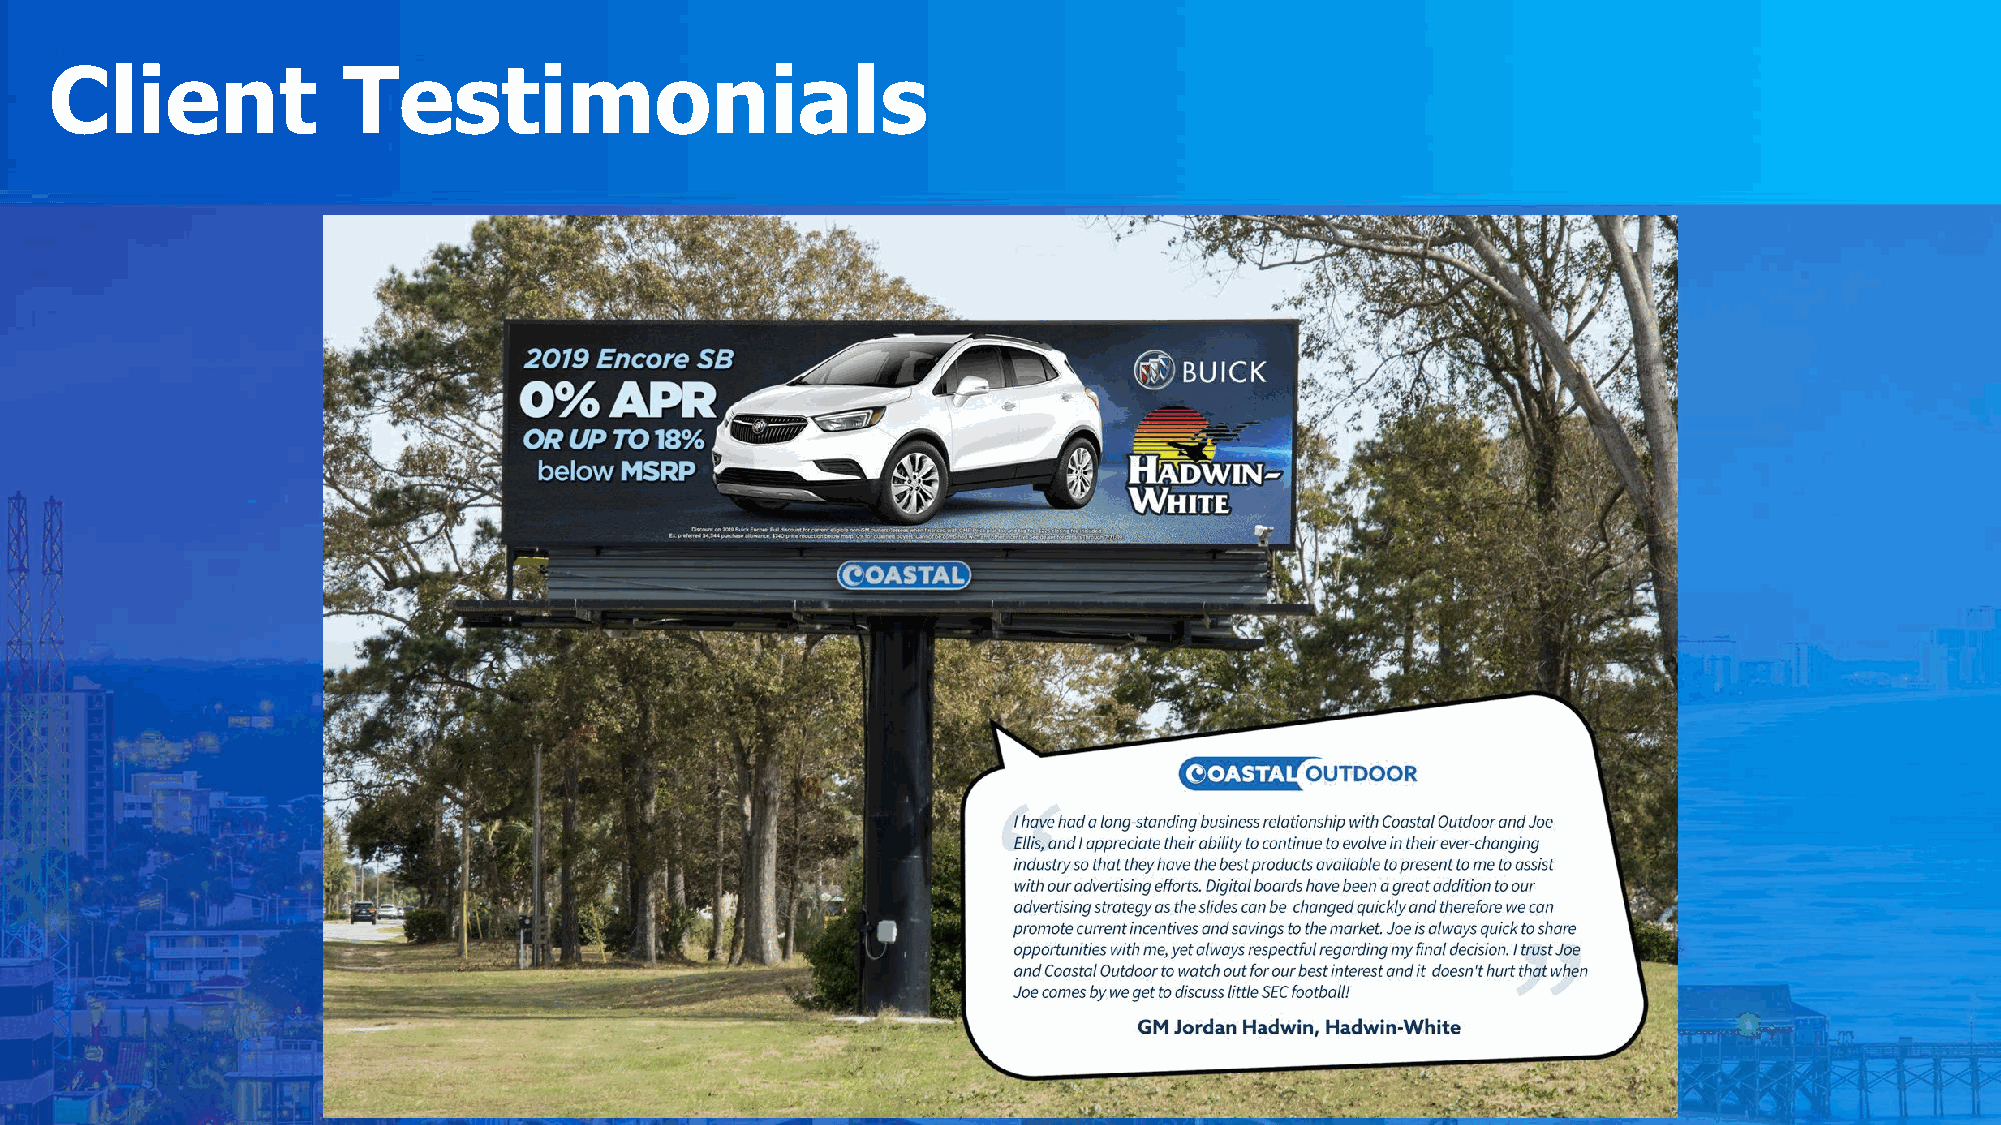
Client              Testimonials
 Randy    Dorenbos
 MD   Roofing   &  Windows